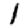
Digit: 1